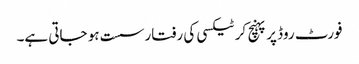
فورٹ روڈ پر پہنچ کر ٹیکسی کی رفتار سست ہو جاتی ہے۔